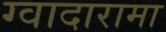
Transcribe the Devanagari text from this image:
ग्वादारामा